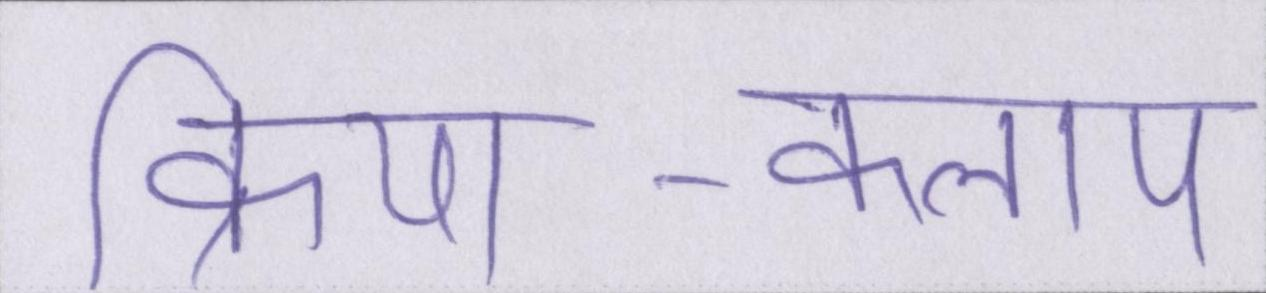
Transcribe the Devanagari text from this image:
क्रिया-कलाप